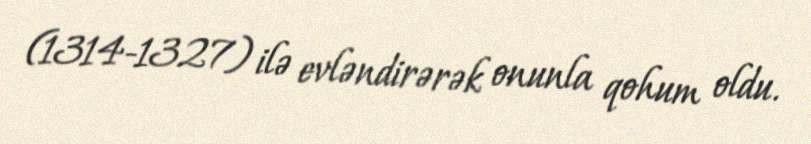
(1314-1327) ilə evləndirərək onunla qohum oldu.